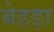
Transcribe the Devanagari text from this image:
बेहड़ा